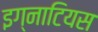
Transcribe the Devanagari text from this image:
इग्नाटियस